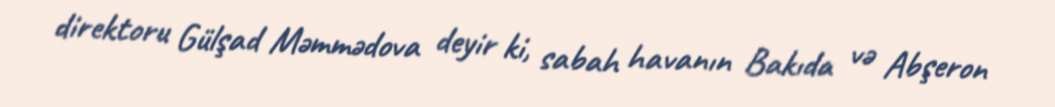
direktoru Gülşad Məmmədova deyir ki, sabah havanın Bakıda və Abşeron